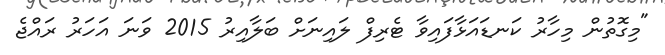
"މިގޮތުން މިހާރު ކަނޑައަޅާފައިވާ ޓެރިފް ލައިނަށް ބަލާއިރު 2015 ވަނަ އަހަރު ރައްޖެ